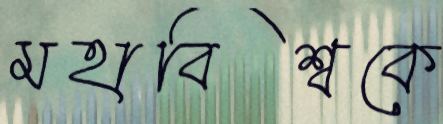
মহাবিশ্বকে